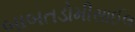
બાબતડોમીસાઈલ